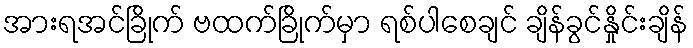
အားရအင်ခြိုက် ဗထက်ခြိုက်မှာ ရစ်ပါစေချင် ချိန်ခွင်နှိုင်းချိန်